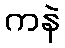
ကနဲ